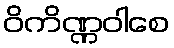
ဝိကိဏ္ဏဝါစေ